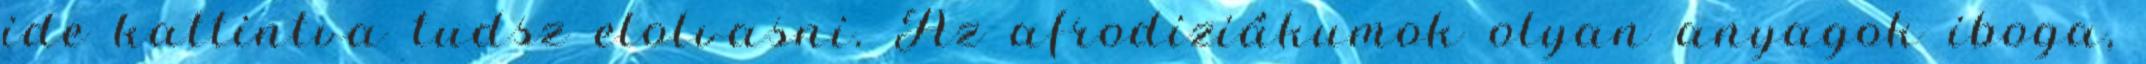
ide kattintva tudsz elolvasni. Az afrodiziákumok olyan anyagok iboga,